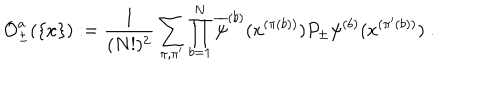
{ \cal O } _ { \pm } ^ { a } ( \{ x \} ) : = \frac { 1 } { ( N ! ) ^ { 2 } } \sum _ { \pi , \pi ^ { \prime } } \prod _ { b = 1 } ^ { N } \overline { { { \psi } } } ^ { ( b ) } ( x ^ { ( \pi ( b ) ) } ) P _ { \pm } \psi ^ { ( b ) } ( x ^ { ( \pi ^ { \prime } ( b ) ) } ) \; .